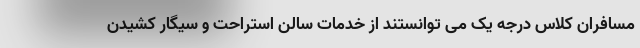
مسافران کلاس درجه یک می توانستند از خدمات سالن استراحت و سیگار کشیدن